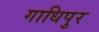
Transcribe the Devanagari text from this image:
गाधिपुर